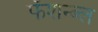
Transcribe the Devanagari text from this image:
फॅशन्ब्ल